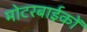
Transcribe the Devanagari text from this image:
मोटरबाईकों